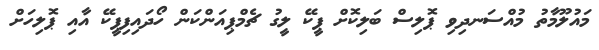
މައުލޫމާތު މުއްސަނދިވި ޕޮލިސް ބަލިކޮށް ޕީކޭ ލީގު ޗެމްޕިއަންކަން ހޯދައިފިޕީކޭ އާއި ޕޮލިހަށް